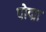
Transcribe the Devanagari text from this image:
पोद्मा